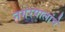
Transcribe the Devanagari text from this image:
नगरपालांचे